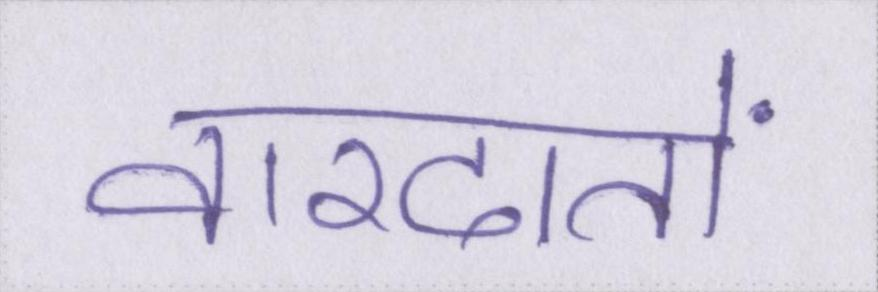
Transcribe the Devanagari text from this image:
वारदातों